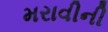
મરાવીની